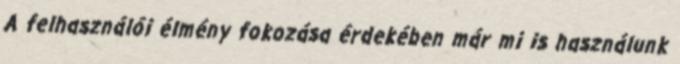
A felhasználói élmény fokozása érdekében már mi is használunk